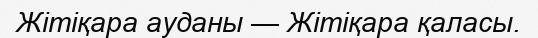
Жітіқара ауданы — Жітіқара қаласы.